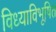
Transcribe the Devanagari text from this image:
विध्याविभूषित